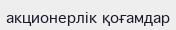
акционерлік қоғамдар